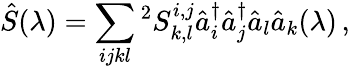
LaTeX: \hat{S}(\lambda)=\sum_{ijkl}{}^{2}S_{k,l}^{i,j}\hat{a}_{i}^{\dagger}\hat{a}_{j}^{\dagger}\hat{a}_{l}\hat{a}_{k}(\lambda)\, ,